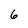
Character: 6